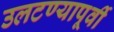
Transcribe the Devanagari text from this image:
उलटण्यापूर्वी